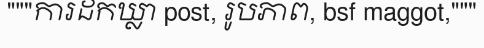
"""ការដកឃ្លា post, រូបភាព, bsf maggot,"""